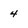
Character: 4